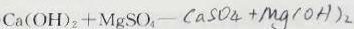
C a ( O H ) _ { 2 } + M g S O _ { 4 } - C a S O _ { 4 } + M g ( O H ) _ { 2 }